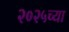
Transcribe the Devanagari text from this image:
२०२५च्या